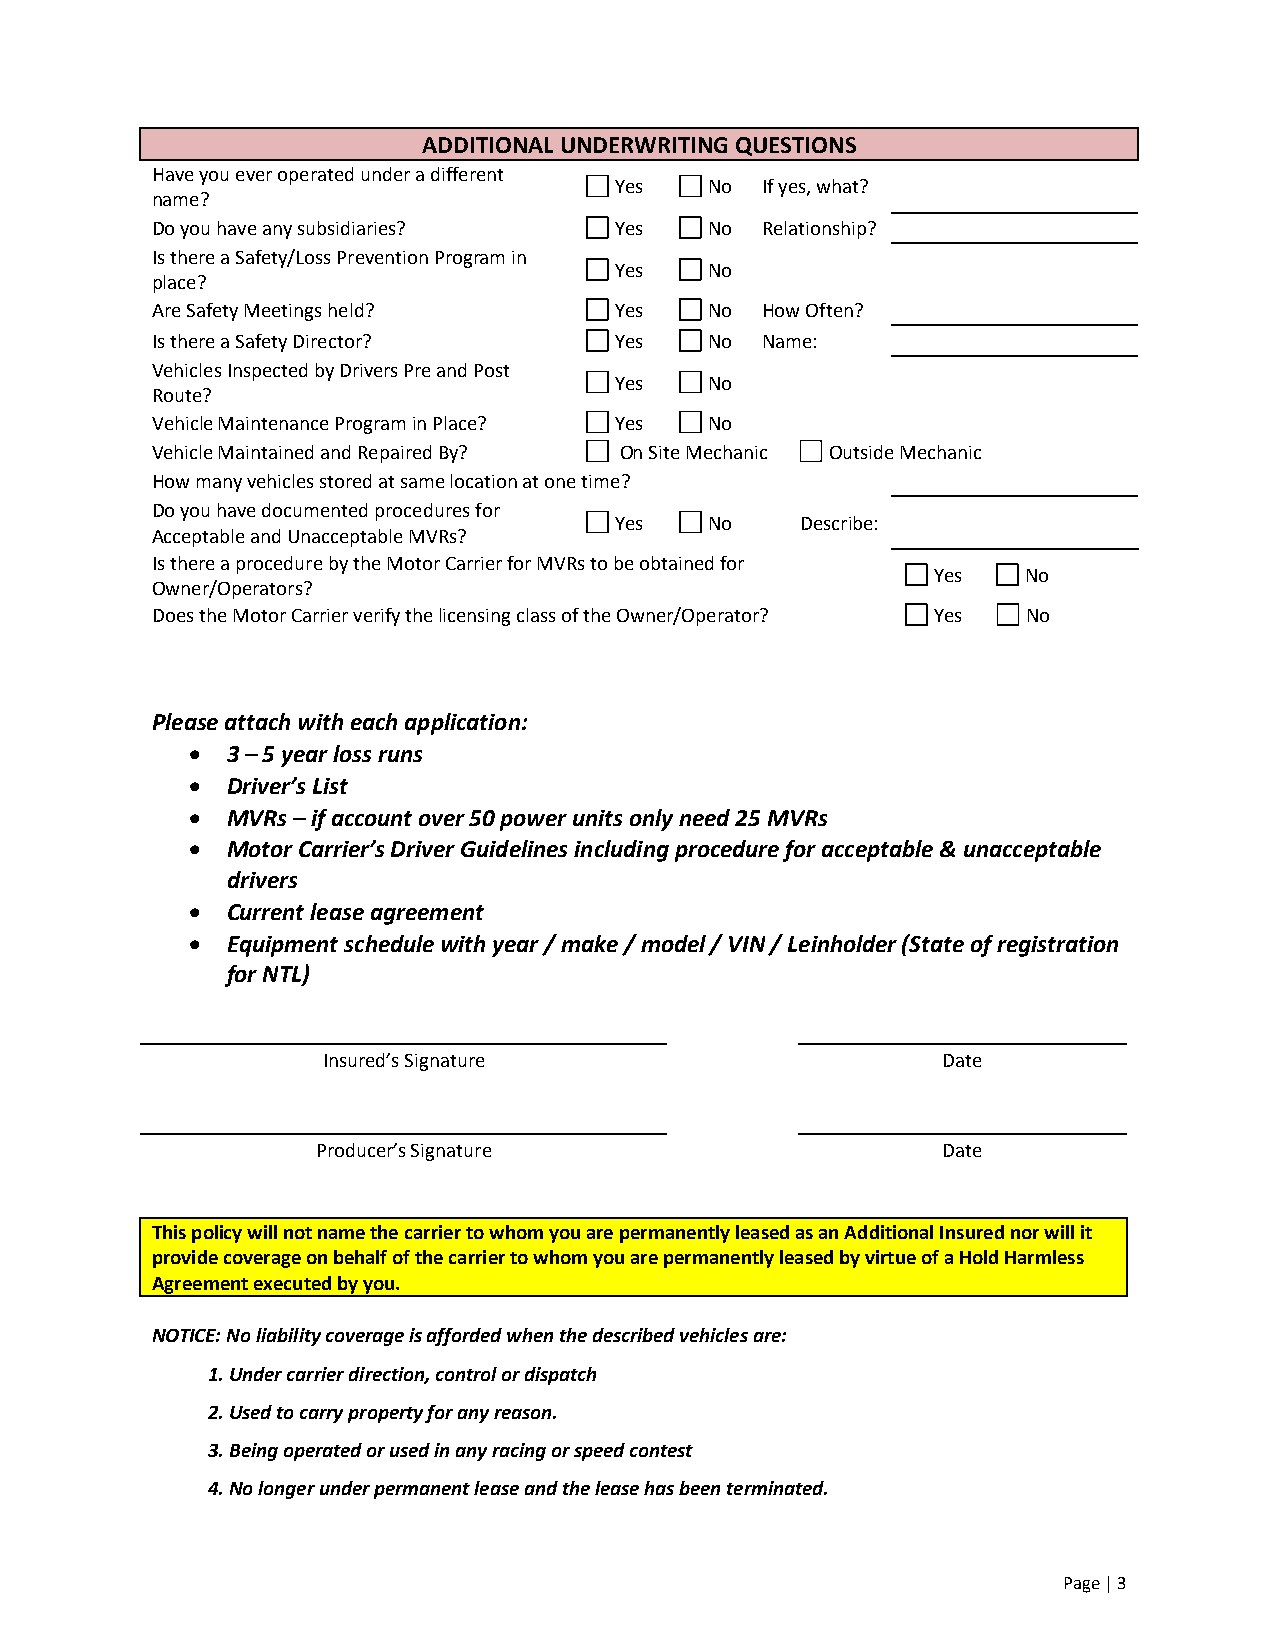
ADDITIONAL UNDERWRITING QUESTIONS
 Have you ever operated under a different
 Yes   No If yes, what?
 name?
 Do you have any subsidiaries?  Yes   No Relationship?
 Is there a Safety/Loss Prevention Program in
 Yes   No
 place?
 Are Safety Meetings held?      Yes   No How Often?
 Is there a Safety Director?    Yes   No Name:
 Vehicles Inspected by Drivers Pre and Post
 Yes   No
 Route?
 Vehicle Maintenance Program in Place? Yes No
 Vehicle Maintained and Repaired By? On Site Mechanic Outside Mechanic
 How many vehicles stored at same location at one time?
 Do you have documented procedures for
 Yes   No    Describe:
 Acceptable and Unacceptable MVRs?
 Is there a procedure by the Motor Carrier for MVRs to be obtained for
 Yes   No
 Owner/Operators?
 Does the Motor Carrier verify the licensing class of the Owner/Operator? Yes No
 Please attach with each application:
 • 3 – 5 year loss runs
 • Driver’s List
 • MVRs – if account over 50 power units only need 25 MVRs
 • Motor Carrier’s Driver Guidelines including procedure for acceptable & unacceptable
 drivers
 • Current lease agreement
 • Equipment schedule with year / make / model / VIN / Leinholder (State of registration
 for NTL)
 Insured’s Signature                      Date
 Producer’s Signature                     Date
 This policy will not name the carrier to whom you are permanently leased as an Additional Insured nor will it
 provide coverage on behalf of the carrier to whom you are permanently leased by virtue of a Hold Harmless
 Agreement executed by you.
 NOTICE: No liability coverage is afforded when the described vehicles are:
 1. Under carrier direction, control or dispatch
 2. Used to carry property for any reason.
 3. Being operated or used in any racing or speed contest
 4. No longer under permanent lease and the lease has been terminated.
 Page | 3